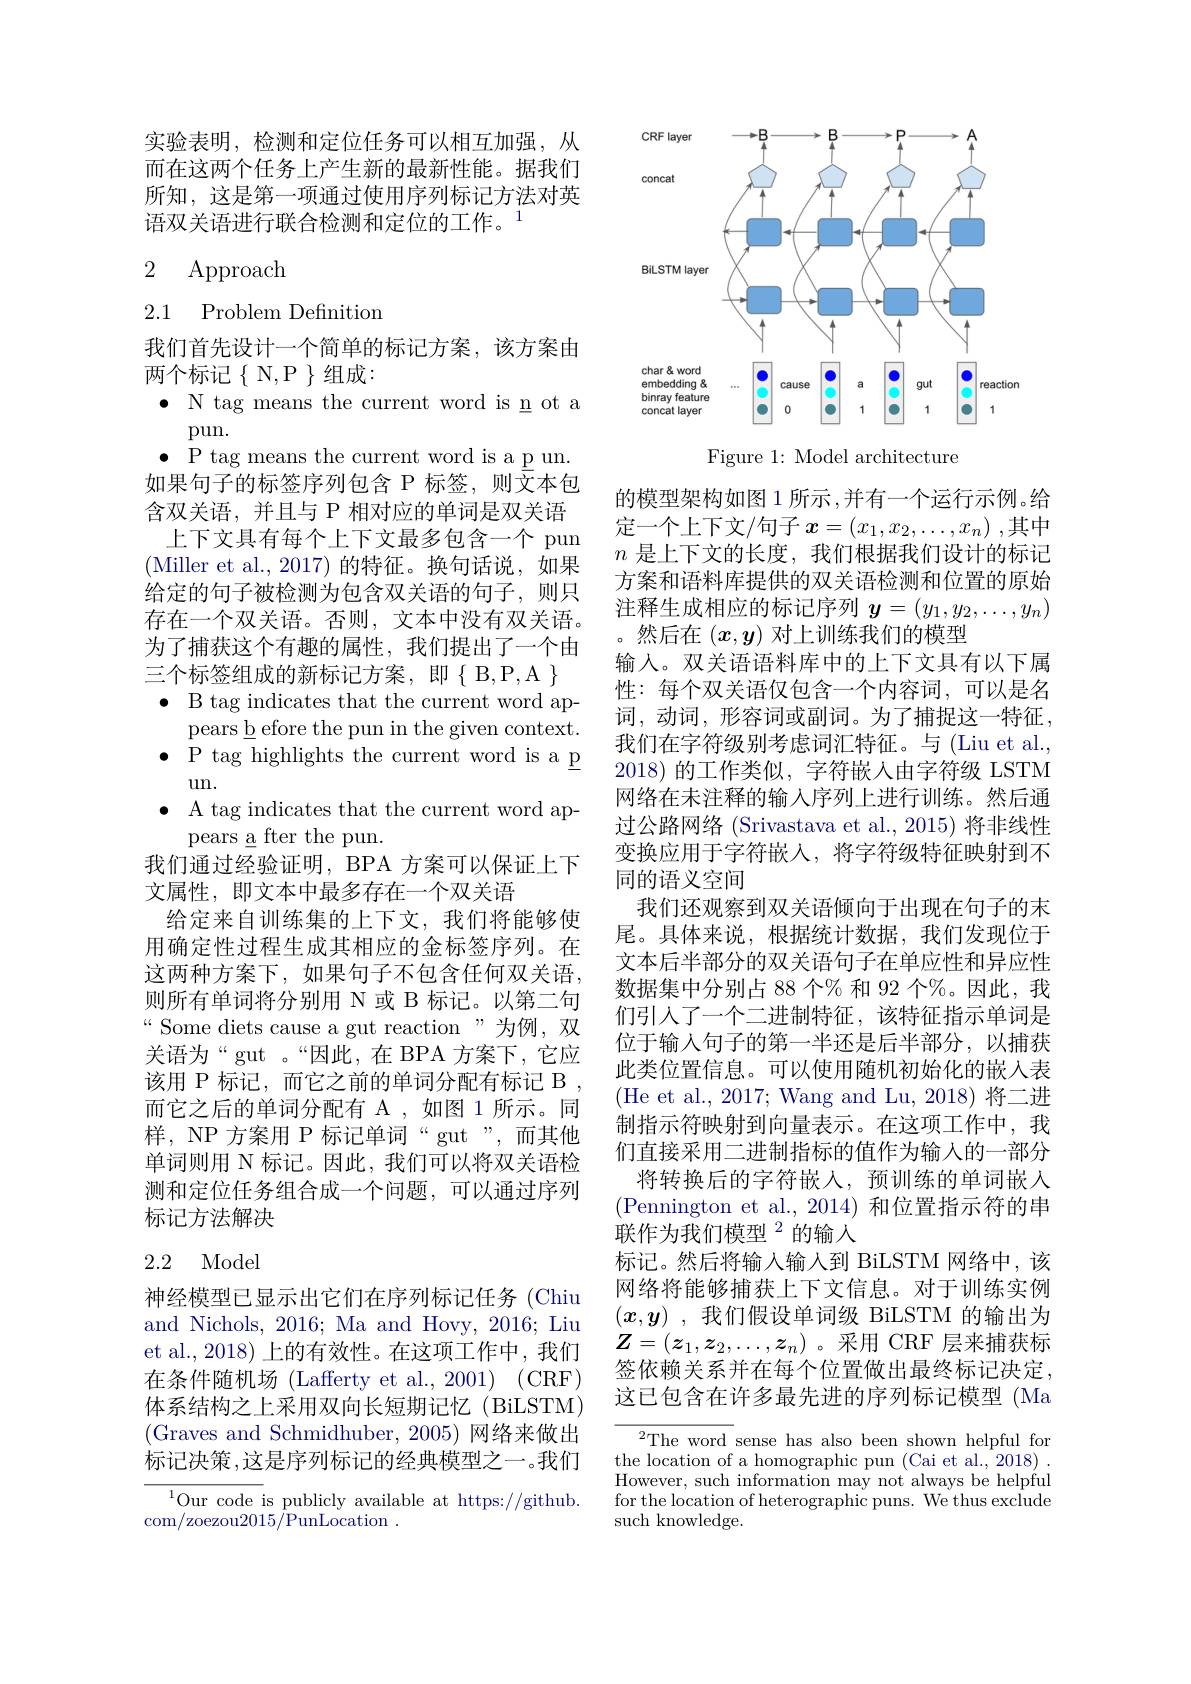
实验表明，检测和定位任务可以相互加强，从而在这两个任务上产生新的最新性能。据我们所知，这是第一项通过使用序列标记方法对英语双关语进行联合检测和定位的工作。$^{1}$

## 2 Approach

2.1 Problem Definition

我们首先设计一个简单的标记方案，该方案由
两个标记{N,P} 维成：
$\bullet$ N tag means the current word is n ot a
pun.
$\bullet$ P tag means the current word is a p un. 如果句子的标签序列包含 P 标签，则文本包含双关语，并且与 P 相对应的单词是双关语上下文具有每个上下文最多包含一个 pun
(Miller et al., 2017)的特征。换句话说，如果给定的句子被检测为包含双关语的句子，则只存在一个双关语。否则，文本中没有双关语。为了捕获这个有趣的属性，我们提出了一个由三个标签组成的新标记方案，即{$\{B,P,A \}$ $\bullet$ B tag indicates that the current word ap-
pears b efore the pun in the given context. $\bullet$ P tag highlights the current word is a p
$un.$
$\bullet$ A tag indicates that the current word ap-
pears a fter the pun.
我们通过经验证明，BPA 方案可以保证上下
文属性，即文本中最多存在一个双关语
给定来自训练集的上下文，我们将能够使用确定性过程生成其相应的金标签序列。在这两种方案下，如果句子不包含任何双关语， 则所有单词将分别用 N 或 B 标记。以第二句“Some diets cause a gut reaction”为例，双关语为“gut 。“因此，在 BPA 方案下，它应该用 P 标记，而它之前的单词分配有标记 B 而它之后的单词分配有 A ,如图 1 所示。同样，NP 方案用 P 标记单词“gut”,而其他单词则用 N 标记。因此，我们可以将双关语检测和定位任务组合成一个问题，可以通过序列标记方法解决2.2 Model

神经模型已显示出它们在序列标记任务 (Chiu and Nichols, 2016; Ma and Hovy, 2016; Liu et al., 2018) 上的有效性。在这项工作中，我们在条件随机场 (Lafferty et al., 2001) (CRF) 体系结构之上采用双向长短期记忆(BiLSTM) (Graves and Schmidhuber,2005)网络来做出标记决策 ,这是序列标记的经典模型之一。我们

$^{1}$Our code is publicly available at https://github.
com/zoezou2015/PunLocation .

<FigureHere>

Figure 1: Model architecture

的模型架构如图 1 所示 ,并有一个运行示例。给定一个上下文/句子$x=(x_1,x_2,\ldots,x_n)$ ,其中$n$是上下文的长度，我们根据我们设计的标记方案和语料库提供的双关语检测和位置的原始注释生成相应的标记序列$\boldsymbol{y}=(y_1,y_2,\ldots,y_n)$ 。然后在$(x,y)$对上训练我们的模型
输入。双关语语料库中的上下文具有以下属性：每个双关语仅包含一个内容词，可以是名词，动词，形容词或副词。为了捕捉这一特征， 我们在字符级别考虑词汇特征。与(Liu et al., 2018)的工作类似，字符嵌入由字符级 LSTM 网络在未注释的输入序列上进行训练。然后通过公路网络 (Srivastava et al., 2015) 将非线性变换应用于字符嵌入，将字符级特征映射到不同的语义空间
我们还观察到双关语倾向于出现在句子的末尾。具体来说，根据统计数据，我们发现位于文本后半部分的双关语句子在单应性和异应性数据集中分别占 88 个% 和 92 个%。因此，我们引入了一个二进制特征，该特征指示单词是位于输入句子的第一半还是后半部分，以捕获此类位置信息。可以使用随机初始化的嵌入表(He et al., 2017; Wang and Lu, 2018) 将二进制指示符映射到向量表示。在这项工作中，我们直接采用二进制指标的值作为输入的一部分
将转换后的字符嵌人，预训练的单词嵌入(Pennington et al., 2014) 和位置指示符的串联作为我们模型$^{2}$的输入
标记。然后将输入输人到 BiLSTM 网络中，该网络将能够捕获上下文信息。对于训练实例$( x, y)$ ,我们假设单词级 BiLSTM 的输出为$Z=(z_1,z_2,\ldots,z_n)$。采用 CRF 层来捕获标签依赖关系并在每个位置做出最终标记决定， 这已包含在许多最先进的序列标记模型 (Ma
${}^{2}{\mathrm{The~word~sense~has~also~been~shown~helpful~for}}$ the location of a homographic pun (Cai et al., 2018) .

However, such information may not always be helpful for the location of heterographic puns. We thus exclude such knowledge.